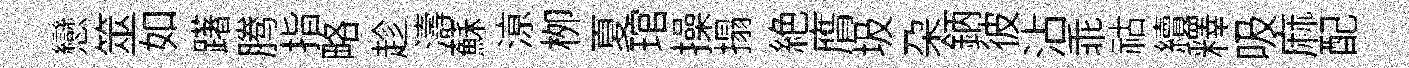
戀筮如躇腾指略趁濤蘇鿌栁夏琯操搨絶膺圾朶鈵彼沾乖祜續釋吸麻配